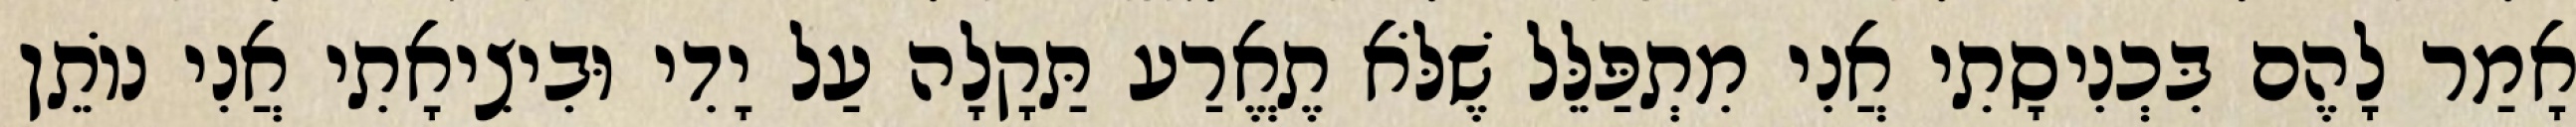
אָמַר לָהֶם בִּכְנִיסָתִי אֲנִי מִתְפַּלֵּל שֶׁלֹּא תֶאֱרַע תַּקָלָה עַל יָדִי וּבִיצִיאָתִי אֲנִי נוֹתֵן